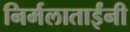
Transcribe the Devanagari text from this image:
निर्मलाताईंनी